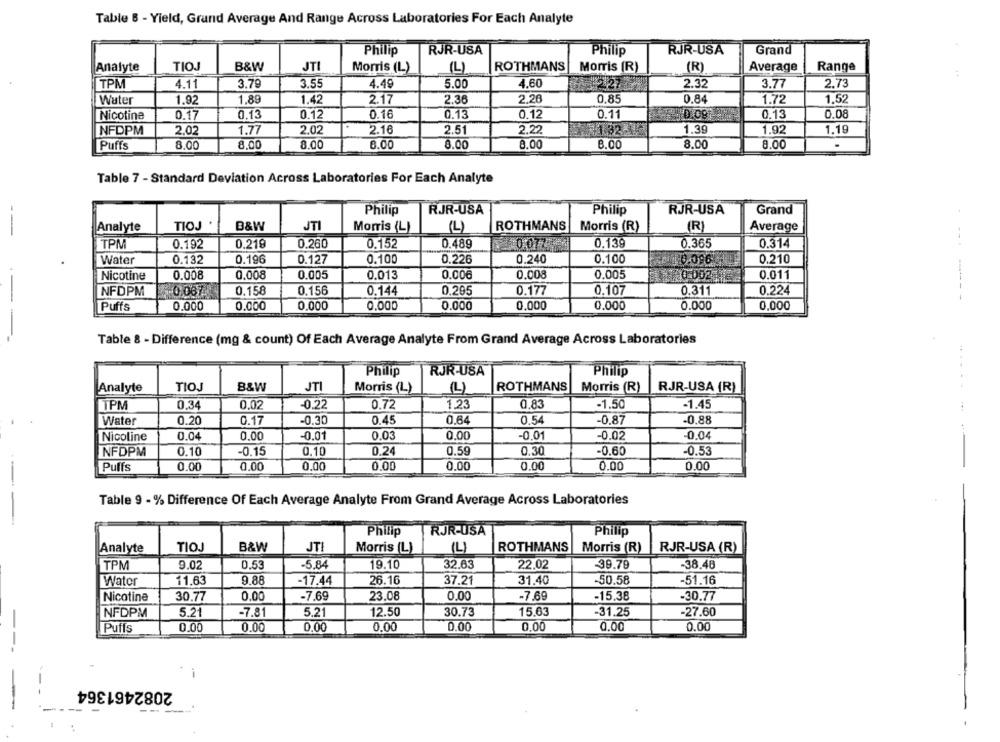
Table 8 - Yield, Grand Average And Range Across Laboratories For Each Analyte
Philip
RJR-USA
Phillip
RJR-USA
Grand
Analyte
TIOJ
B&W
JTI
ROTHMANS
Average
Range
Morris (L)
(L)
Morris (R)
(R)
TPM
4.11
3.79
3.55
4.49
5.00
4,60
2.32
3.77
2.73
Water
1.92
1,89
1.42
2.17
2.36
2.20
0,85
0.84
1.72
1.52
Nicotine
0.17
0,13
0.12
0.16
0.13
0.12
0.11
0.13
0.08
NFDPM
2.02
1.77
2.02
2.16
2.51
2.22
1.39
1.92
1.19
Puffs
8.00
8.00
8.00
8.00
8.00
8.00
3.00
8.00
8.00
Table 7 - Standard Deviation Across Laboratories For Each Analyte
--
Philip
RJR-USA
Philip
RJR-USA
Grand
Analyte
TIOJ
B&W
JTI
Morris (L)
(L)
ROTHMANS
Morris (R)
(R)
Average
TPM
0.192
0.219
0,260
0.152
0.489
0.0723
0.139
0.365
0.314
0.132
0.196
0.127
0.100
0.226
0.240
0.100
0.210
Water
196
Nicotine
0.008
0,008
0.005
0.006
0.008
0.005
0.002
0.011
0.013
NFDPM
0.087
0.158
0.156
0.144
0,295
0.177
0.107
0.311
0.224
-------
Puffs
0.000
0.000
0,000
0,000
0.000
0,000
0.000
0.000
0,000
Table 8 - Difference (mg & count) Of Each Average Analyte From Grand Average Across Laboratories
Philip
RJR-USA
Philip
Analyte
TIOJ
B&W
JTI
Morris (L)
(4)
ROTHMANS
Morris (R)
RJR-USA (R)
......
TPM
0.34
0,02
-0.22
0.72
1,23
0.83
-1.50
-1.45
Water
0.20
0.17
-0.30
0.45
0.64
0.54
-0.87
-0.88
Nicoline
0.04
0.00
-0.01
0.03
0.00
-0.01
-0.02
-0.04
INFOPM
0.10
-0.15
0.10
0.24
0.59
0.30
-0,60
-0,53
Puffs
0.00
0.00
0.00
0,00
0.00
0.00
0.00
0.00
Table 9 - % Difference Of Each Average Analyte From Grand Average Across Laboratories
Philip
RJR-USA
Philip
Analyte
TIOJ
B&W
JTI
Morris (L)
(L)
ROTHMANS
Morris (R)
RJR-USA (R)
-5.84
19.10
32.63
22,02
-39.78
-38.48
TPM
9.02
0.53
Wator
11,63
9.88
-17.44
26.16
37.21
31.40
-50.58
-51.16
Nicotine
30.77
0.00
-7.69
23.08
0.00
-7.69
-15.38
-30.77
NFDPM
5.21
-7.81
5.21
12.50
30.73
15.63
-31.25
-27.60
-
Puffs
0.00
0.00
0.00
0.00
0.00
0.00
0.00
0.00
--
2082461364